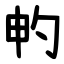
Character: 畃